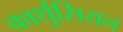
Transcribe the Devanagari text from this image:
कार्थुसियन